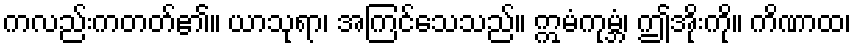
ကလည်းကတတ်၏။ ယာသုရာ၊ အကြင်သေသည်။ ဣမံကုမ္ဘံ၊ ဤအိုးကို။ ကိဏာထ၊